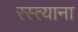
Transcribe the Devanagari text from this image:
रस्त्याना